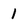
Character: 1